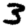
Digit: 3